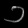
Digit: ၁